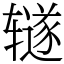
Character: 𫟦